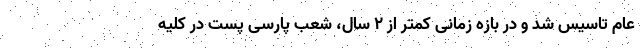
عام تاسیس شد و در بازه زمانی کمتر از ۲ سال، شعب پارسی پست در کلیه